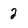
Character: 2